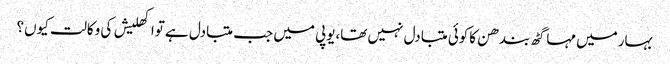
بہارمیں مہاگٹھ بندھن کاکوئی متبادل نہیں تھا،یوپی میں جب متبادل ہے تواکھلیش کی وکالت کیوں؟